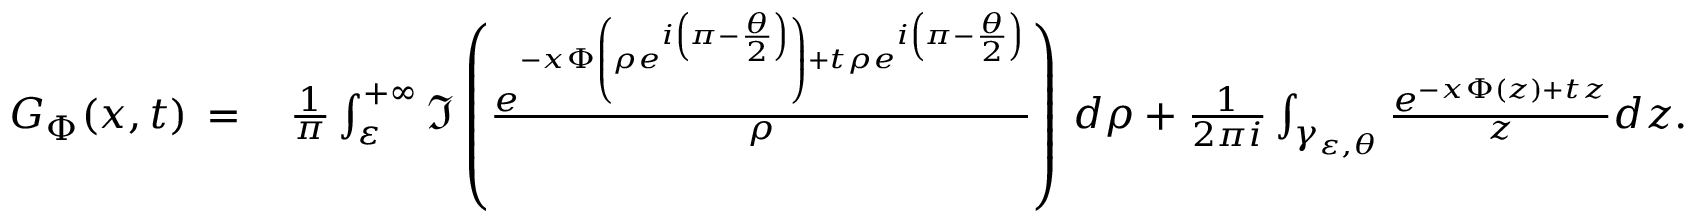
\begin{array} { r l } { G _ { \Phi } ( x , t ) \, = \, } & { \frac { 1 } { \pi } \int _ { \varepsilon } ^ { + \infty } \Im \left( \frac { e ^ { - x \Phi \left( \rho e ^ { i \left( \pi - \frac { \theta } { 2 } \right) } \right) + t \rho e ^ { i \left( \pi - \frac { \theta } { 2 } \right) } } } { \rho } \right) \, d \rho + \frac { 1 } { 2 \pi i } \int _ { \gamma _ { \varepsilon , \theta } } \frac { e ^ { - x \Phi ( z ) + t z } } { z } d z . } \end{array}